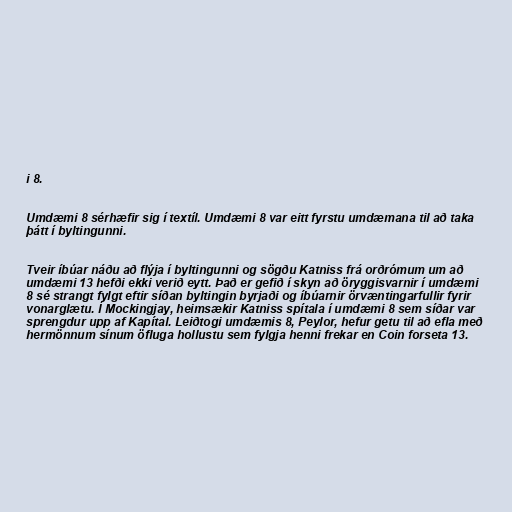
i 8.

Umdæmi 8 sérhæfir sig í textíl. Umdæmi 8 var eitt fyrstu umdæmana til að taka
þátt í byltingunni.

Tveir íbúar náðu að flýja í byltingunni og sögðu Katniss frá orðrómum um að
umdæmi 13 hefði ekki verið eytt. Það er gefið í skyn að öryggisvarnir í umdæmi
8 sé strangt fylgt eftir síðan byltingin byrjaði og íbúarnir örvæntingarfullir fyrir
vonarglætu. Í Mockingjay, heimsækir Katniss spítala í umdæmi 8 sem síðar var
sprengdur upp af Kapítal. Leiðtogi umdæmis 8, Peylor, hefur getu til að efla með
hermönnum sínum öfluga hollustu sem fylgja henni frekar en Coin forseta 13.